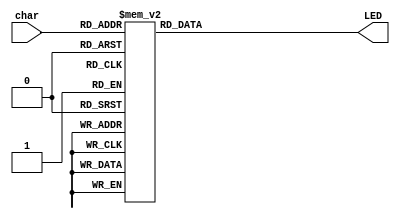
module LEDdecoder(char, LED);
	input [3:0] char;
	output [6:0] LED;
	wire [3:0] char;
	reg [6:0] LED;
	
	always@(char)
		
		case (char)
			4'b0000 : LED = 7'b0000001;
			4'b0001 : LED = 7'b1001111;
			4'b0010 : LED = 7'b0010010;
			4'b0011 : LED = 7'b0000110;
			4'b0100 : LED = 7'b1001100;
			4'b0101 : LED = 7'b0100100;
			4'b0110 : LED = 7'b0100000;
			4'b0111 : LED = 7'b0001111;
			4'b1000 : LED = 7'b0000000;
			4'b1001 : LED = 7'b0001100;
			4'b1010 : LED = 7'b0001000;
			4'b1011 : LED = 7'b1100000;
			4'b1100 : LED = 7'b0110001;
			4'b1101 : LED = 7'b1000010;
			4'b1110 : LED = 7'b0110000;
			4'b1111 : LED = 7'b0111000;
			default 	 :	LED = 7'bx;
		endcase


endmodule